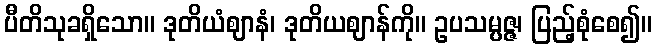
ပီတိသုခရှိသော။ ဒုတိယံဈာနံ၊ ဒုတိယဈာန်ကို။ ဥပသမ္ပဇ္ဇ၊ ပြည့်စုံစေ၍။